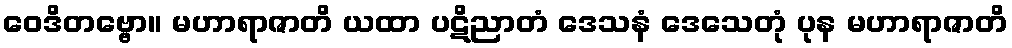
ဝေဒိတဗ္ဗော။ မဟာရာဇာတိ ယထာ ပဋိညာတံ ဒေသနံ ဒေသေတုံ ပုန မဟာရာဇာတိ